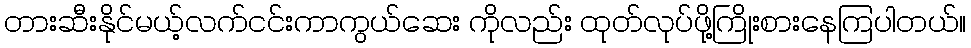
တားဆီးနိုင်မယ့်လက်ငင်းကာကွယ်ဆေး ကိုလည်း ထုတ်လုပ်ဖို့ကြိုးစားနေကြပါတယ်။